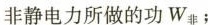
非静电力所做的功W_{非}；